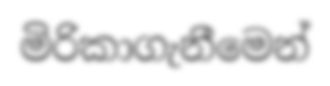
මිරිකාගැනීමෙන්